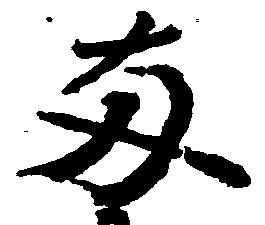
両